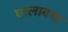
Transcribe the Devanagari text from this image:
घालावया